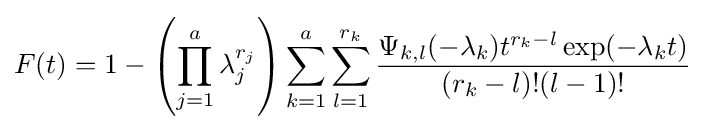
F(t)=1-\left(\prod _{j=1}^{a}\lambda _{j}^{r_{j}}\right)\sum _{k=1}^{a}\sum _{l=1}^{r_{k}}{\frac {\Psi _{k,l}(-\lambda _{k})t^{r_{k}-l}\exp(-\lambda _{k}t)}{(r_{k}-l)!(l-1)!}}